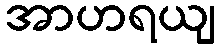
အာဟရယျ